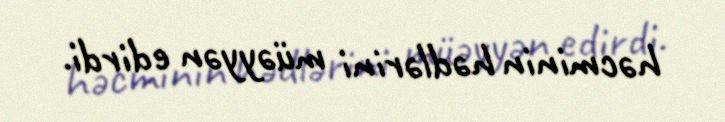
həcminin hədlərini müəyyən edirdi.